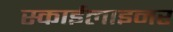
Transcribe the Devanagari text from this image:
स्काईलाइनर